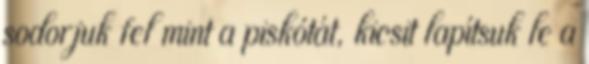
sodorjuk fel mint a piskótát, kicsit lapítsuk le a